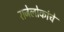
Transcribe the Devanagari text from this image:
राजेलोकांचे